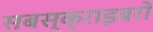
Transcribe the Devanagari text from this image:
सबस्क्राइबरों